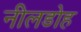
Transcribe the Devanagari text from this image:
नीलडोह